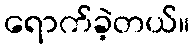
ရောက်ခဲ့တယ်။